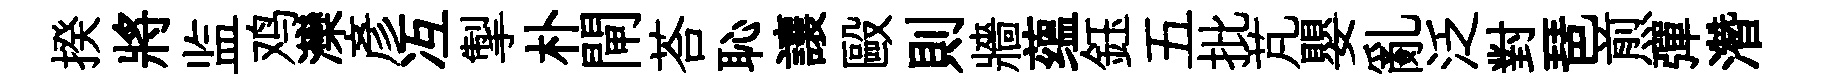
揆將监鸡灤彥冱掣朴閘荅恥讓毆則牆蕴鈺五批芃嬰亂泛對琶煎彈濳